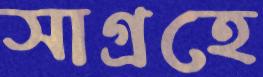
সাগ্রহে